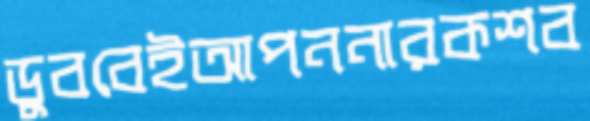
ডুববেইআপননারকশব